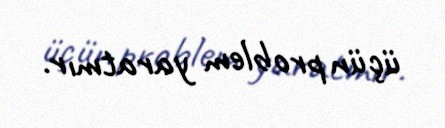
üçün problem yaratmır.